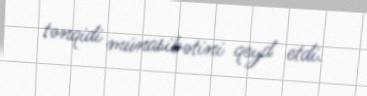
tənqidi münasibətini qeyd etdi.